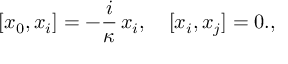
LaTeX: [ x _ { 0 } , x _ { i } ] = - \frac { i } { \kappa } \, x _ { i } , \quad [ x _ { i } , x _ { j } ] = 0 . ,